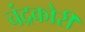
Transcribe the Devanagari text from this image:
चंद्रकोरी